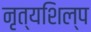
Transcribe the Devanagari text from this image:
नृत्यशिल्प